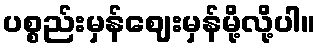
ပစ္စည်းမှန်ဈေးမှန်မို့လို့ပါ။